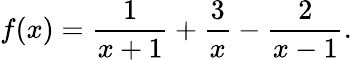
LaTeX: f(x)={\frac{1}{x+1}}+{\frac{3}{x}}-{\frac{2}{x-1}}.